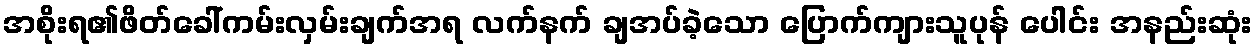
အစိုးရ၏ဖိတ်ခေါ်ကမ်းလှမ်းချက်အရ လက်နက် ချအပ်ခဲ့သော ပြောက်ကျားသူပုန် ပေါင်း အနည်းဆုံး